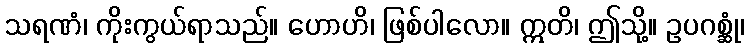
သရဏံ၊ ကိုးကွယ်ရာသည်။ ဟောဟိ၊ ဖြစ်ပါလော။ ဣတိ၊ ဤသို့။ ဥပဂစ္ဆုံ၊